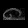
Digit: ၈